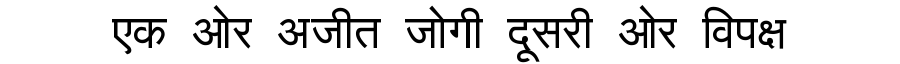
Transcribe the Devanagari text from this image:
एक ओर अजीत जोगी दूसरी ओर विपक्ष